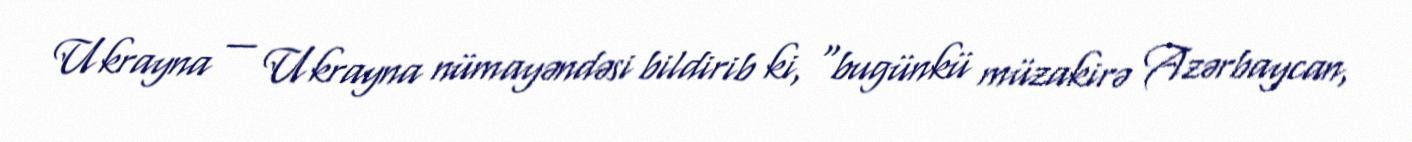
Ukrayna — Ukrayna nümayəndəsi bildirib ki, "bugünkü müzakirə Azərbaycan,